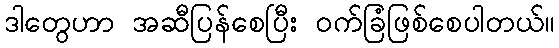
ဒါတွေဟာ အဆီပြန်စေပြီး ဝက်ခြံဖြစ်စေပါတယ်။